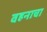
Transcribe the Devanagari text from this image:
वहनाचा